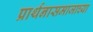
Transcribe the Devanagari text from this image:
प्रार्थनासमाजाच्या